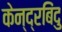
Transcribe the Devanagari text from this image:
केन्द्रबिंदु